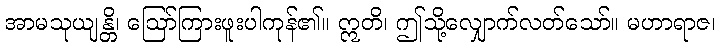
အာမသုယျန္တိ၊ ဩော်ကြားဖူးပါကုန်၏။ ဣတိ၊ ဤသို့လျှောက်လတ်သော်။ မဟာရာဇ၊